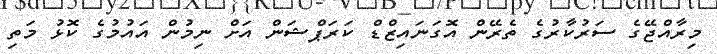
މިރާއްޖޭގެ ސަރުކާރުގެ ތެރޭން އޮގަނައިޒްޑް ކަރަޕްޝަން އަށް ނިމުން އައުމުގެ ކޮޅު މަތި